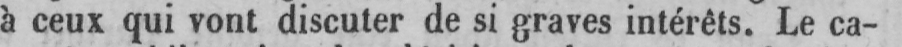
à ceux qui vont discuter de si graves intérêts. Le ca-